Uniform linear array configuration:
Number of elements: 16
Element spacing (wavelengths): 0.75
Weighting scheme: hann
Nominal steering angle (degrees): -15
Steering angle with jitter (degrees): -16.368
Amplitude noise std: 0.05
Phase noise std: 0.05

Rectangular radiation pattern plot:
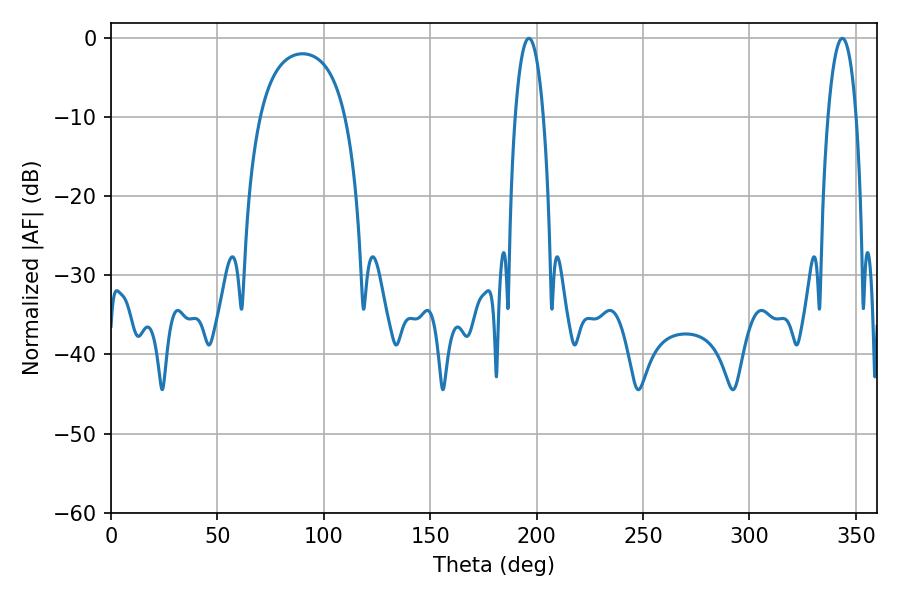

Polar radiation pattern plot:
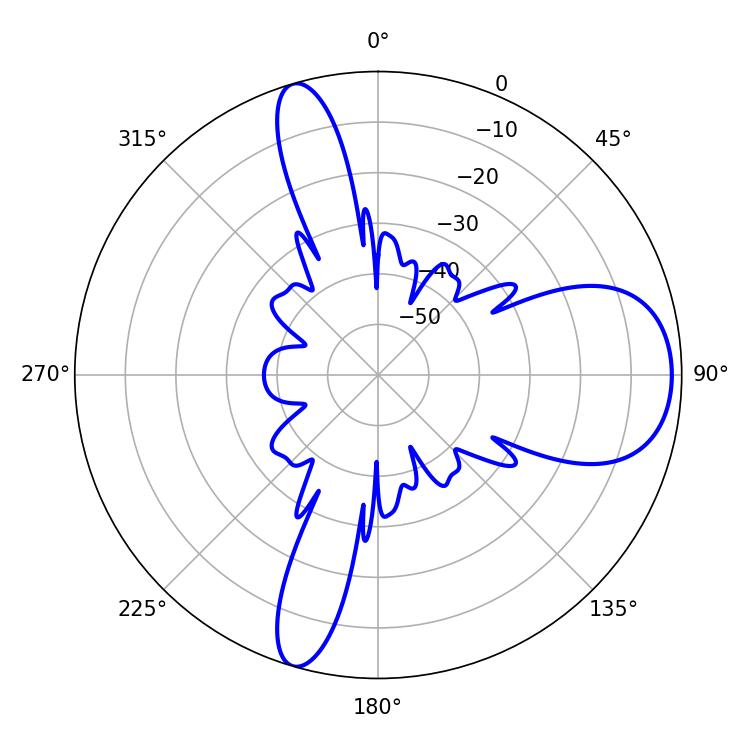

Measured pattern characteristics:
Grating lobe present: TRUE
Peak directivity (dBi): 9.497
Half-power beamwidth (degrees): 7.38
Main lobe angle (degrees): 196.38